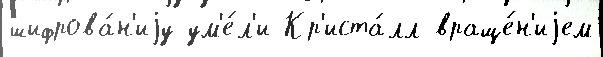
шифрова́н'иjу ум'е́л'и Кр'иста́лл враще́н'иjем